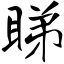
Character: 睇